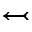
\leftarrowtail